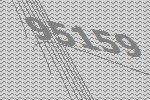
95159